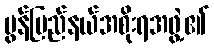
မွန်ပြည်နယ်အစိုးရအဖွဲ့၏